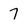
Character: 7